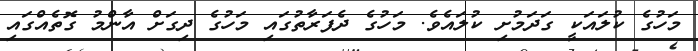
މަހުގެ ކުލައަކީ ގަދަމުށި ކުލައެވެ. މަހުގެ ދެފަރާތުގައި މަހުގެ ދިގަށް އާންމު ގޮތެއްގައި